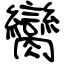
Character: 臠